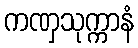
ကဏှသုက္ကာနံ